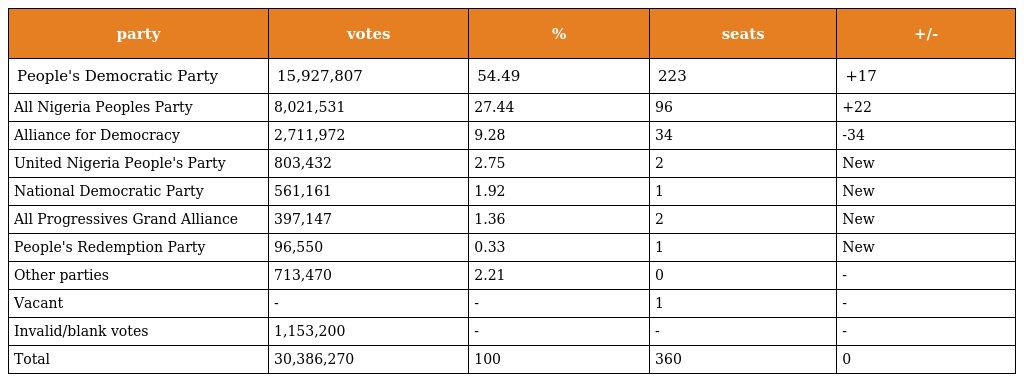
| party | votes | % | seats | +/- |
 | --- | --- | --- | --- | --- |
 | People's Democratic Party | 15,927,807 | 54.49 | 223 | +17 |
 | All Nigeria Peoples Party | 8,021,531 | 27.44 | 96 | +22 |
 | Alliance for Democracy | 2,711,972 | 9.28 | 34 | -34 |
 | United Nigeria People's Party | 803,432 | 2.75 | 2 | New |
 | National Democratic Party | 561,161 | 1.92 | 1 | New |
 | All Progressives Grand Alliance | 397,147 | 1.36 | 2 | New |
 | People's Redemption Party | 96,550 | 0.33 | 1 | New |
 | Other parties | 713,470 | 2.21 | 0 | - |
 | Vacant | - | - | 1 | - |
 | Invalid/blank votes | 1,153,200 | - | - | - |
 | Total | 30,386,270 | 100 | 360 | 0 |